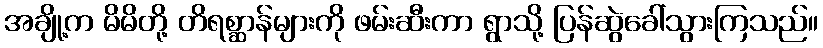
အချို့က မိမိတို့ တိရစ္ဆာန်များကို ဖမ်းဆီးကာ ရွာသို့ ပြန်ဆွဲခေါ်သွားကြသည်။